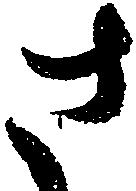
さ